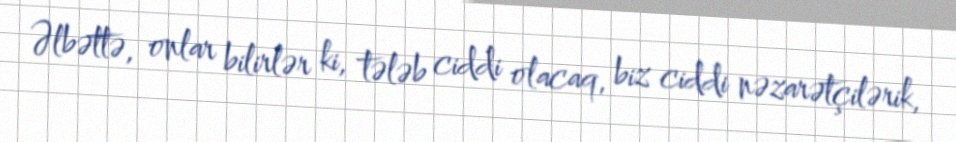
Əlbəttə, onlar bilirlər ki, tələb ciddi olacaq, biz ciddi nəzarətçilərik,